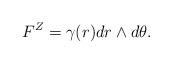
LaTeX: \begin{align*} F^Z = \gamma(r) dr \wedge d \theta.\end{align*}